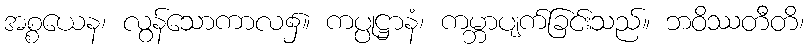
အစ္စယေန၊ လွန်သောကာလ၌။ ကပ္ပုဋ္ဌာနံ၊ ကမ္ဘာပျက်ခြင်းသည်။ ဘဝိဿတီတိ၊